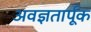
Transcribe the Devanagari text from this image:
अवज्ञतार्पूक